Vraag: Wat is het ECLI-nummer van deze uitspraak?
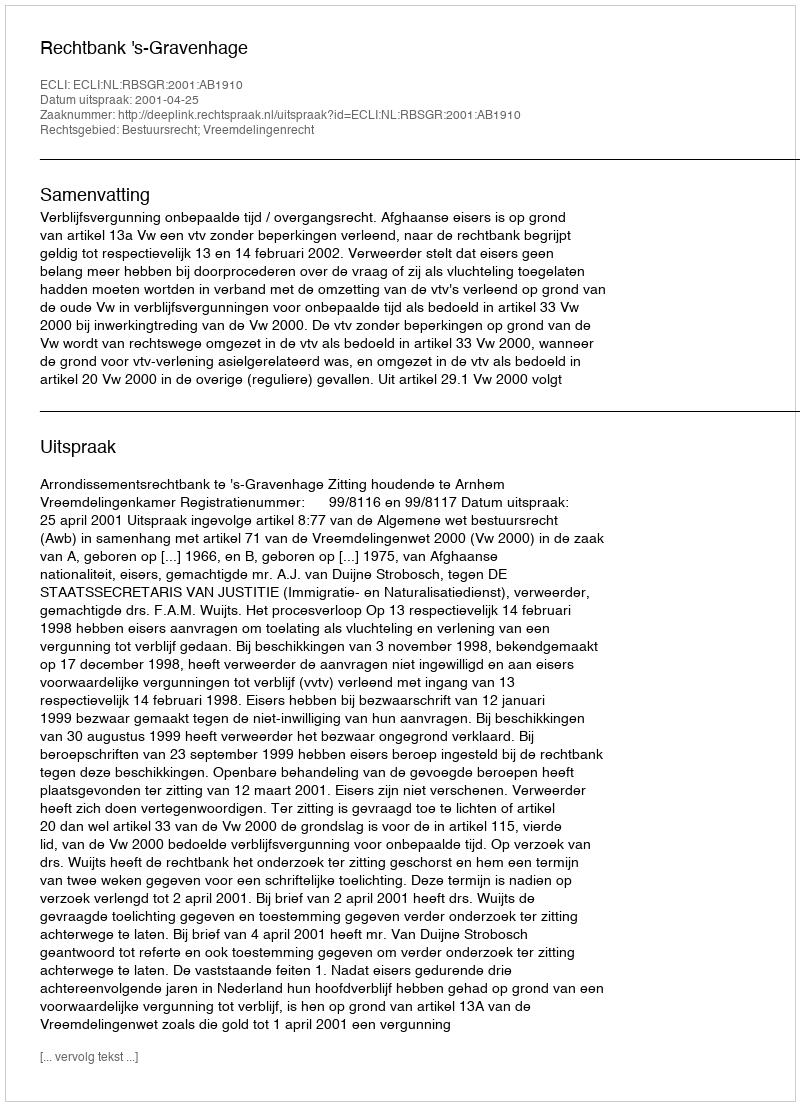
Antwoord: ECLI:NL:RBSGR:2001:AB1910